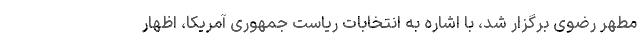
مطهر رضوی برگزار شد، با اشاره به انتخابات ریاست جمهوری آمریکا، اظهار